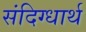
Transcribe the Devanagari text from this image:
संदिग्धार्थ